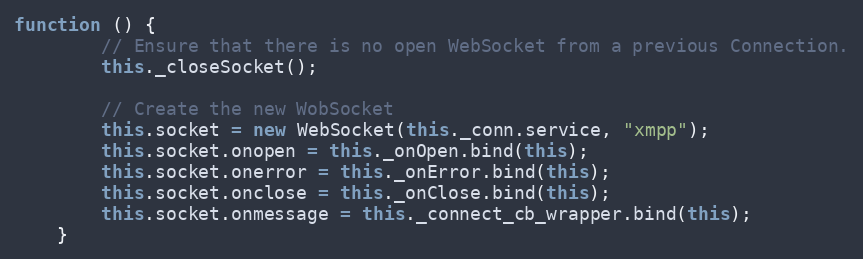
Language: JavaScript
function () {
        // Ensure that there is no open WebSocket from a previous Connection.
        this._closeSocket();

        // Create the new WobSocket
        this.socket = new WebSocket(this._conn.service, "xmpp");
        this.socket.onopen = this._onOpen.bind(this);
        this.socket.onerror = this._onError.bind(this);
        this.socket.onclose = this._onClose.bind(this);
        this.socket.onmessage = this._connect_cb_wrapper.bind(this);
    }